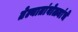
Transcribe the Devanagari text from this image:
तेल्यातांबोळ्यांचे